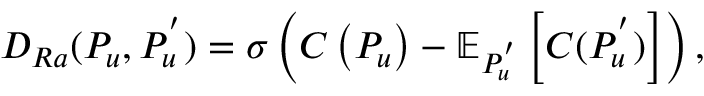
D _ { R a } ( P _ { u } , P _ { u } ^ { ' } ) = \sigma \left( C \left( P _ { u } \right) - \mathbb { E } _ { P _ { u } ^ { ' } } \left[ C ( P _ { u } ^ { ' } ) \right] \right) ,